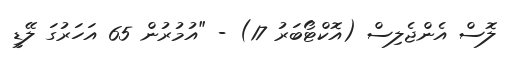
ލޮސް އެންޖެލިސް (އޮކްޓޯބަރު 17) - "އުމުރުން 65 އަހަރުގަ ލޭޑީ